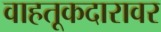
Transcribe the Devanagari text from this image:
वाहतूकदारावर